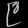
Digit: ၉